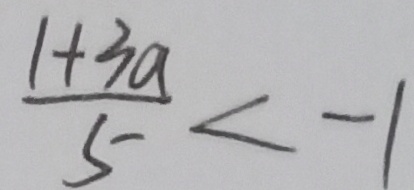
\frac { 1 + 3 a } { 5 } < - 1